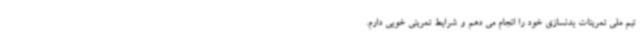
تیم ملی تمرینات بدنسازی خود را انجام می دهم و شرایط تمرینی خوبی دارم.